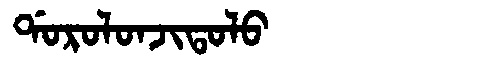
Manchu: ᡩᠣᡵᠣᠯᠣᠨᠵᡳᡨᠣᠯᠣ
Romanization: DOROLONJITOLO